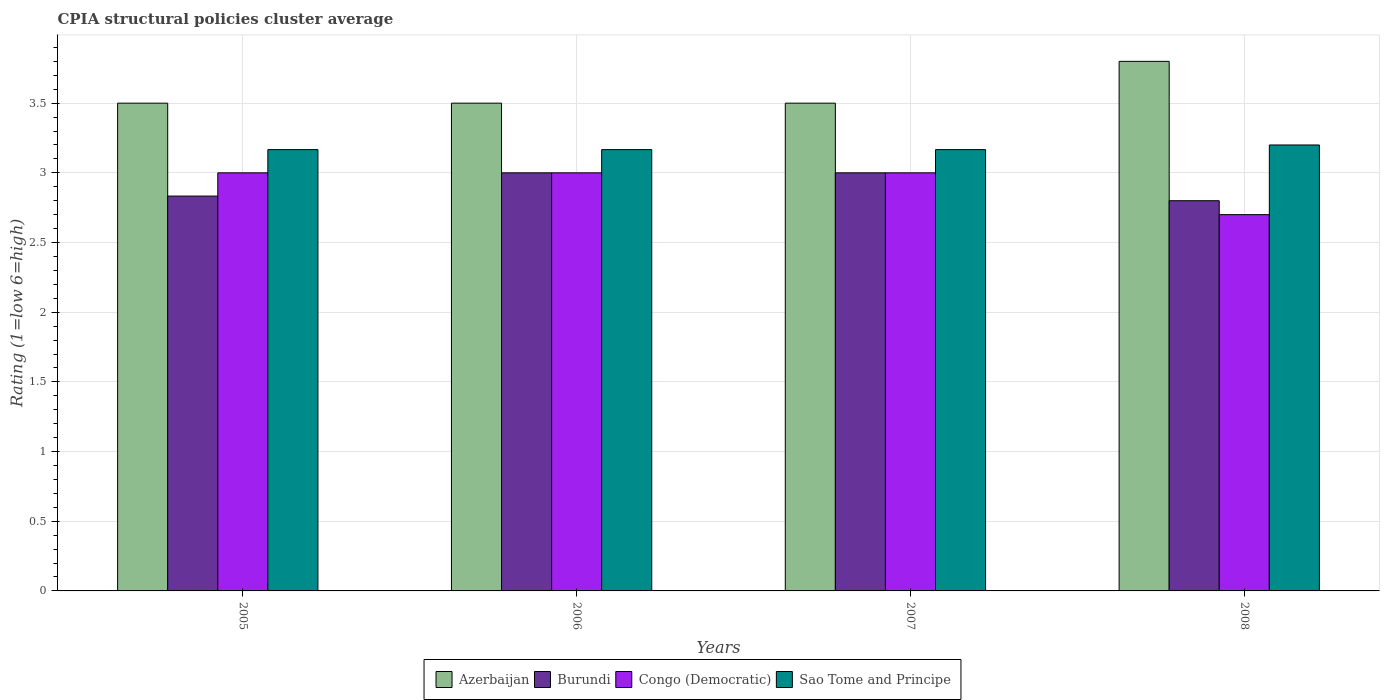
| Years | Azerbaijan | Burundi | Congo (Democratic) | Sao Tome and Principe |
 | --- | --- | --- | --- | --- |
 | 2005 | 3.5 | 2.83 | 3 | 3.17 |
 | 2006 | 3.5 | 3 | 3 | 3.17 |
 | 2007 | 3.5 | 3 | 3 | 3.17 |
 | 2008 | 3.8 | 2.8 | 2.7 | 3.2 |